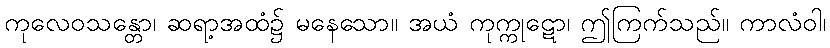
ကုလေဝသန္တော၊ ဆရာ့အထံ၌ မနေသော။ အယံ ကုက္ကုဋော၊ ဤကြက်သည်။ ကာလံဝါ၊